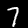
Label: 7